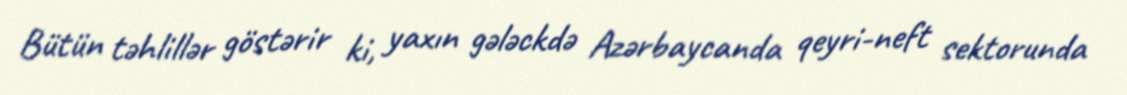
Bütün təhlillər göstərir ki, yaxın gələckdə Azərbaycanda qeyri-neft sektorunda